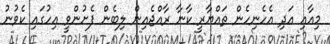
މިއާއި އަދި އެހެނިހެން ތައްޔާރީ ކާނާ ރާއްޖެއިން ލިބެން ފެށުންވީ އިހުގައި ކެވުނު